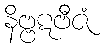
နိဗ္ဗဋဗီဇံ